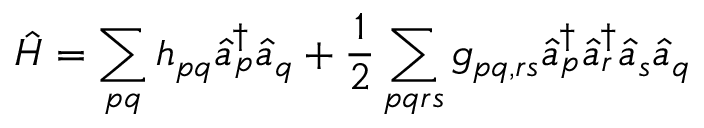
\hat { H } = \sum _ { p q } h _ { p q } \hat { a } _ { p } ^ { \dagger } \hat { a } _ { q } + \frac { 1 } { 2 } \sum _ { p q r s } g _ { p q , r s } \hat { a } _ { p } ^ { \dagger } \hat { a } _ { r } ^ { \dagger } \hat { a } _ { s } \hat { a } _ { q }